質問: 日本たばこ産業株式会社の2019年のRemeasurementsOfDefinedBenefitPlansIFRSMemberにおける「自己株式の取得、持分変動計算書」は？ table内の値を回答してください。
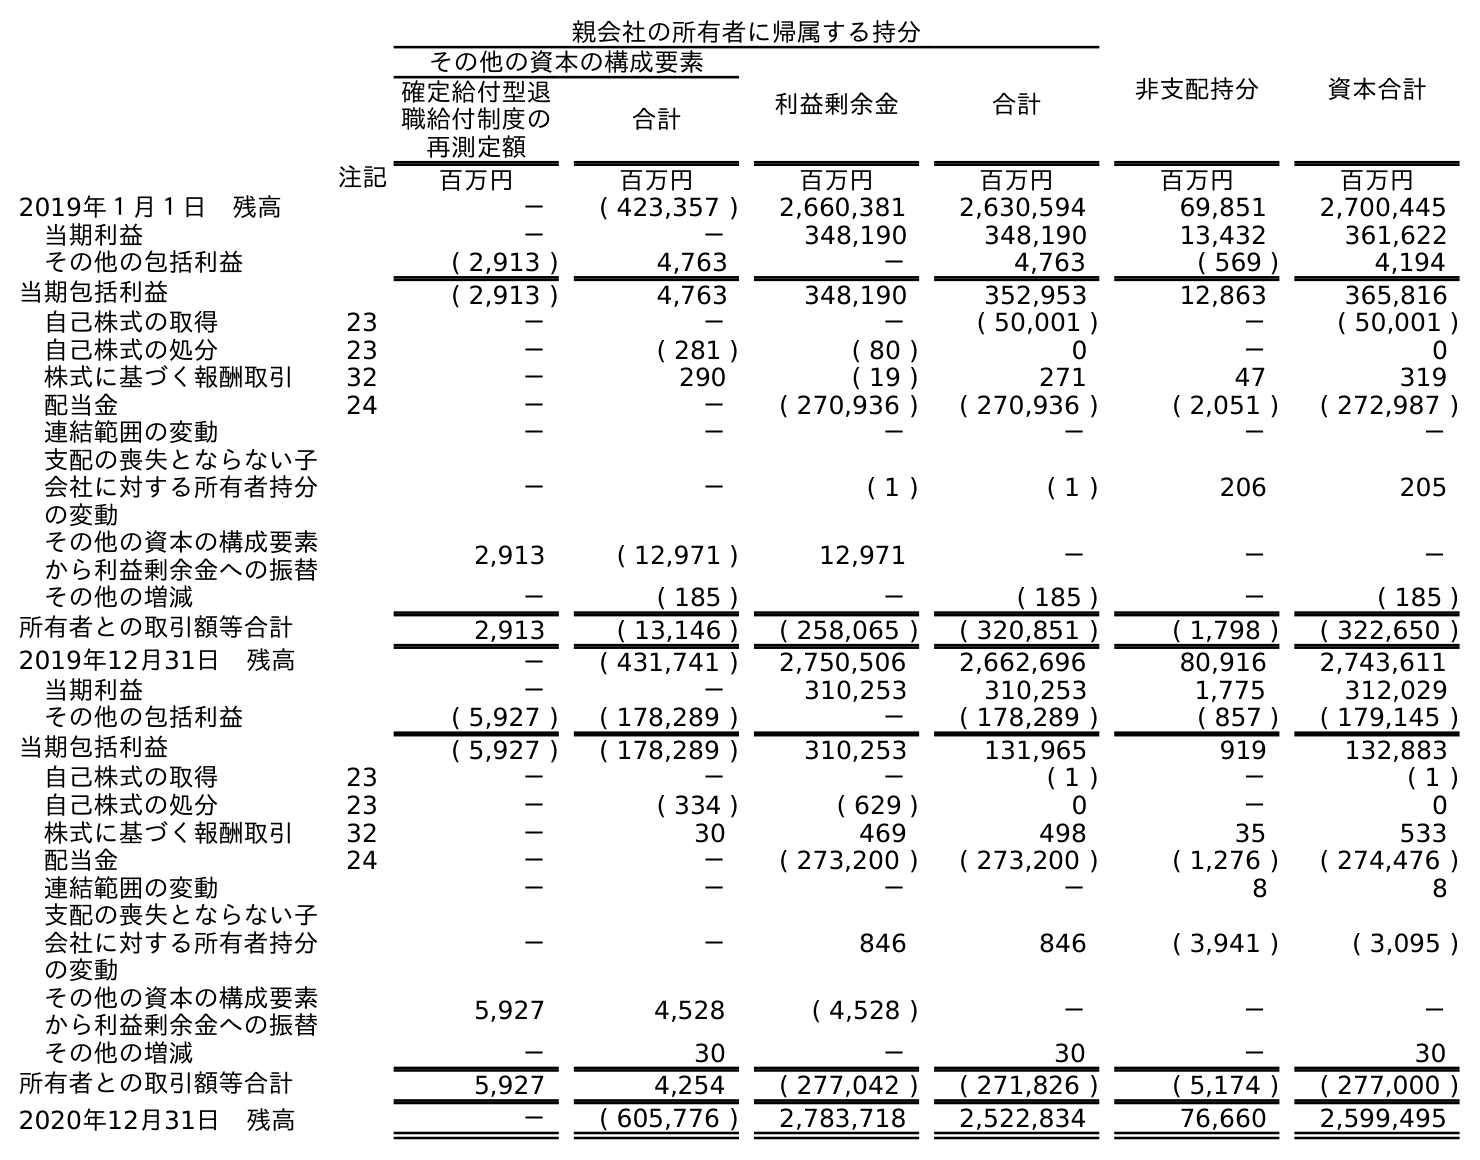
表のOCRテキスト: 親会社の所有者に帰属する持分 非支配持分 資本合計 その他の資本の構成要素 利益剰余金 合計 確定給付型退 職給付制度の 再測定額 合計 注記 百万円 百万円 百万円 百万円 百万円 百万円 2019年１月１日 残高 － ( 423,357 ) 2,660,381 2,630,594 69,851 2,700,445 当期利益 － － 348,190 348,190 13,432 361,622 その他の包括利益 ( 2,913 ) 4,763 － 4,763 ( 569 ) 4,194 当期包括利益 ( 2,913 ) 4,763 348,190 352,953 12,863 365,816 自己株式の取得 23 － － － ( 50,001 ) － ( 50,001 ) 自己株式の処分 23 － ( 281 ) ( 80 ) 0 － 0 株式に基づく報酬取引 32 － 290 ( 19 ) 271 47 319 配当金 24 － － ( 270,936 ) ( 270,936 ) ( 2,051 ) ( 272,987 ) 連結範囲の変動 － － － － － － 支配の喪失とならない子 会社に対する所有者持分 の変動 － － ( 1 ) ( 1 ) 206 205 その他の資本の構成要素 から利益剰余金への振替 2,913 ( 12,971 ) 12,971 － － － その他の増減 － ( 185 ) － ( 185 ) － ( 185 ) 所有者との取引額等合計 2,913 ( 13,146 ) ( 258,065 ) ( 320,851 ) ( 1,798 ) ( 322,650 ) 2019年12月31日 残高 － ( 431,741 ) 2,750,506 2,662,696 80,916 2,743,611 当期利益 － － 310,253 310,253 1,775 312,029 その他の包括利益 ( 5,927 ) ( 178,289 ) － ( 178,289 ) ( 857 ) ( 179,145 ) 当期包括利益 ( 5,927 ) ( 178,289 ) 310,253 131,965 919 132,883 自己株式の取得 23 － － － ( 1 ) － ( 1 ) 自己株式の処分 23 － ( 334 ) ( 629 ) 0 － 0 株式に基づく報酬取引 32 － 30 469 498 35 533 配当金 24 － － ( 273,200 ) ( 273,200 ) ( 1,276 ) ( 274,476 ) 連結範囲の変動 － － － － 8 8 支配の喪失とならない子 会社に対する所有者持分 の変動 － － 846 846 ( 3,941 ) ( 3,095 ) その他の資本の構成要素 から利益剰余金への振替 5,927 4,528 ( 4,528 ) － － － その他の増減 － 30 － 30 － 30 所有者との取引額等合計 5,927 4,254 ( 277,042 ) ( 271,826 ) ( 5,174 ) ( 277,000 ) 2020年12月31日 残高 － ( 605,776 ) 2,783,718 2,522,834 76,660 2,599,495
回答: －